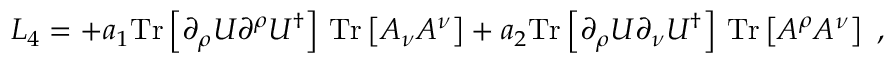
{ \cal L } _ { 4 } = + a _ { 1 } \mathrm { T r } \left[ \partial _ { \rho } U \partial ^ { \rho } U ^ { \dagger } \right] \, \mathrm { T r } \left[ A _ { \nu } A ^ { \nu } \right] + a _ { 2 } \mathrm { T r } \left[ \partial _ { \rho } U \partial _ { \nu } U ^ { \dagger } \right] \, \mathrm { T r } \left[ A ^ { \rho } A ^ { \nu } \right] \ ,